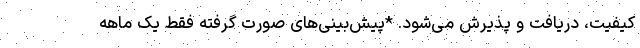
کیفیت، دریافت و پذیرش می‌شود. *پیش‌بینی‌های صورت گرفته فقط یک ماهه